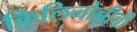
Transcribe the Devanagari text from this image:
किलिनोच्चीची